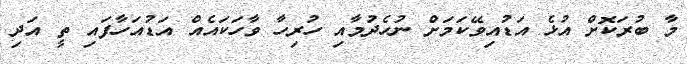
މާ ބުރަކޮށް އުޅެ އަޑުއިވޭކަމަށް ނުހެދުމާއި ހުރިހާ ވާހަކައެއް އަޑުއަހާފައި ތީ އަދި